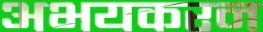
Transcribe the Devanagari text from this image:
अभयकरन